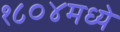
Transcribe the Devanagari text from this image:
१८०४मध्ये